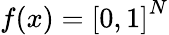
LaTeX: \begin{array}{r}{f(x)={[0,1]}^{N}}\end{array}